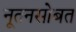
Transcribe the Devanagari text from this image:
नूतनसोबत